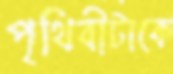
পৃথিবীটাকে